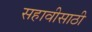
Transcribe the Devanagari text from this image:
सहावीसाठी